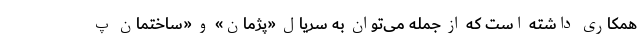
همکاری داشته است که از جمله می‌توان به سریال «پژمان» و «ساختمان پ